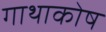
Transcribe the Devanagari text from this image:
गाथाकोष